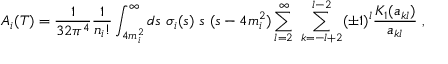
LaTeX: A _ { i } ( T ) = { \frac { 1 } { 3 2 \pi ^ { 4 } } } { \frac { 1 } { n _ { i } ! } } \int _ { 4 m _ { i } ^ { 2 } } ^ { \infty } d s \ \sigma _ { i } ( s ) \ s \ ( s - 4 m _ { i } ^ { 2 } ) \sum _ { l = 2 } ^ { \infty } \ \sum _ { k = - l + 2 } ^ { l - 2 } ( \pm 1 ) ^ { l } { \frac { K _ { 1 } ( a _ { k l } ) } { a _ { k l } } } \ ,